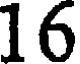
16